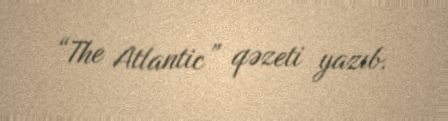
“The Atlantic” qəzeti yazıb.